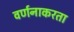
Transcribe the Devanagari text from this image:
वर्णनाकरता